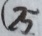
( 2 5